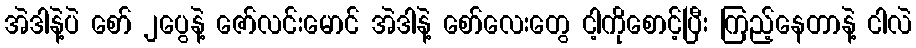
အဲဒါနဲ့ပဲ စော် ၂ပွေနဲ့ ဇော်လင်းမောင် အဲဒါနဲ့ စော်လေးတွေ ငါ့ကိုစောင့်ပြီး ကြည့်နေတာနဲ့ ငါလဲ